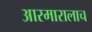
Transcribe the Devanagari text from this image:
आरमारालाच